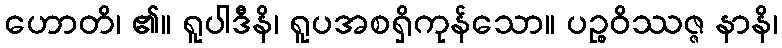
ဟောတိ၊ ၏။ ရူပါဒီနိ၊ ရူပအစရှိကုန်သော။ ပဉ္စဝိဿဇ္ဇ နာနိ၊